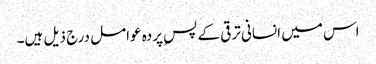
اس میں انسانی ترقی کے پسِ پردہ عوامل درج ذیل ہیں۔